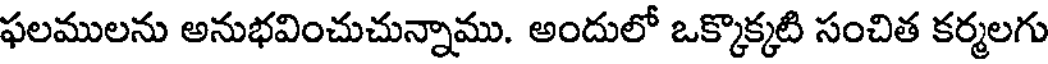
ఫలములను అనుభవించుచున్నాము. అందులో ఒక్కొక్కటి సంచిత కర్మలగు